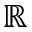
\mathbb { R }